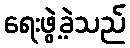
ရေးဖွဲ့ခဲ့သည်